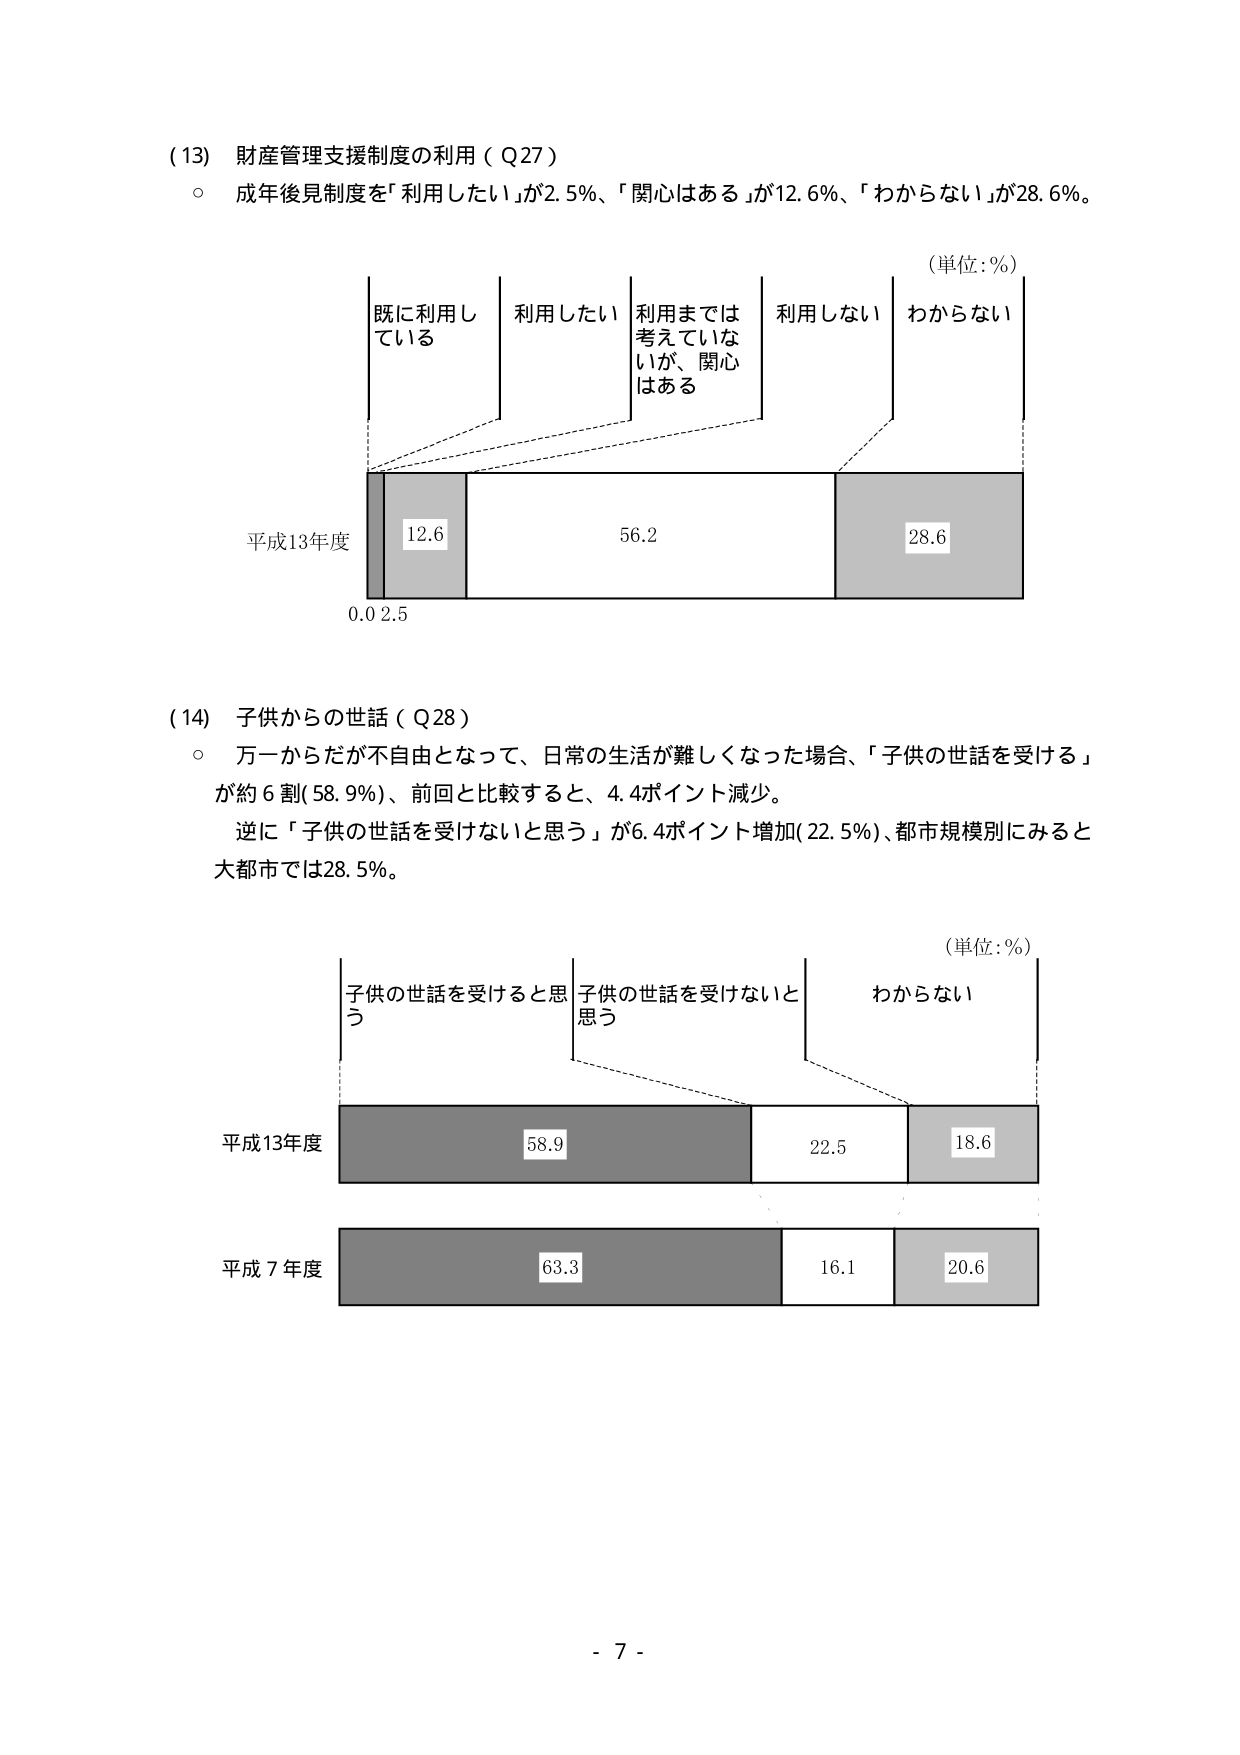
(13) 財産管理支援制度の利用（Q27）
○ 成年後見制度を「利用したい」が2.5%、「関心はある」が12.6%、「わからない」が28.6%。

（単位：%）
既に利用している　利用したい　利用までは考えていないが、関心はある　利用しない　わからない
平成13年度　12.6　56.2　28.6
0.0 2.5

(14) 子供からの世話（Q28）
○ 万一からだが不自由となって、日常の生活が難しくなった場合、「子供の世話を受ける」が約6割（58.9%）、前回と比較すると、4.4ポイント減少。
　逆に「子供の世話を受けないと思う」が6.4ポイント増加（22.5%）、都市規模別にみると大都市では28.5%。

（単位：%）
子供の世話を受けると思う　子供の世話を受けないと思う　わからない
平成13年度　58.9　22.5　18.6
平成7年度　63.3　16.1　20.6

- 7 -